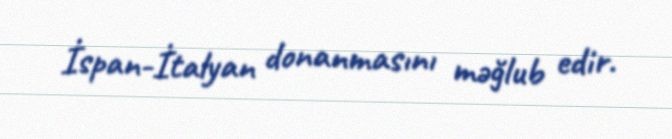
İspan-İtalyan donanmasını məğlub edir.